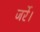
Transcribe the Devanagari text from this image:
जर्रे।